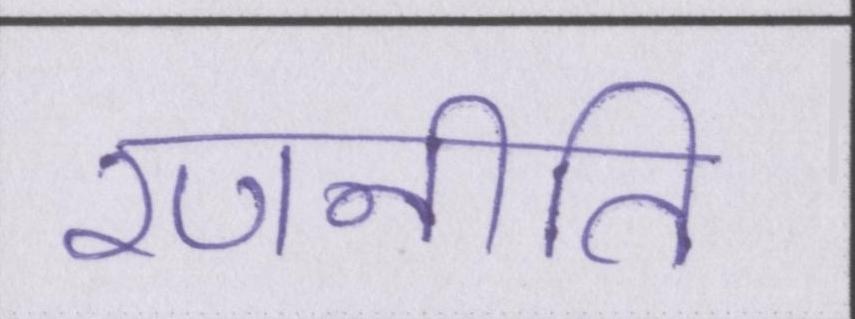
रणनीति